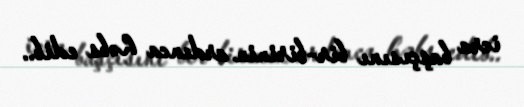
icra başçısını bir-birinin ardınca həbs edib..